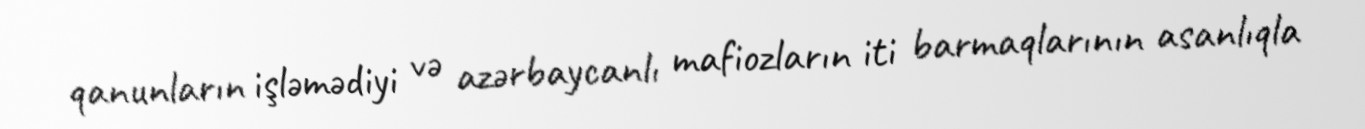
qanunların işləmədiyi və azərbaycanlı mafiozların iti barmaqlarının asanlıqla